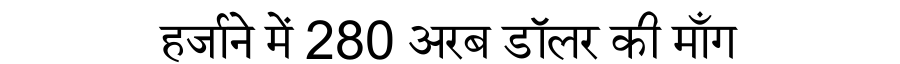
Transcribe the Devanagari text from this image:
हर्जाने में 280 अरब डॉलर की माँग